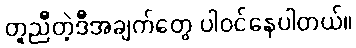
တူညီတဲ့ဒီအချက်တွေ ပါဝင်နေပါတယ်။